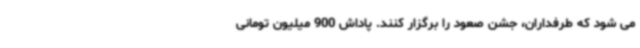
می شود که طرفداران، جشن صعود را برگزار کنند. پاداش 900 میلیون تومانی